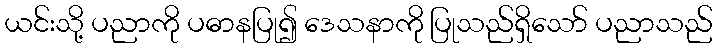
ယင်းသို့ ပညာကို ပဓာနပြု၍ ဒေသနာကို ပြုသည်ရှိသော် ပညာသည်